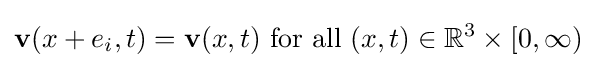
\mathbf {v} (x+e_{i},t)=\mathbf {v} (x,t){\text{ for all }}(x,t)\in \mathbb {R} ^{3}\times [0,\infty )